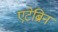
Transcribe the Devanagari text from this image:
एटेब्रिन